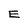
Character: E